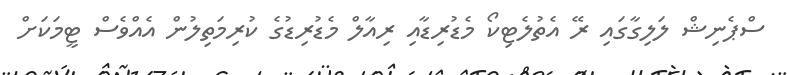
ސްޕެނިޝް ލަލިގާގައި ރޭ އެތުލެޓިކޯ މެޑުރިޑާއި ރިއާލް މެޑުރިޑުގެ ކުރިމަތިލުން އެއްވެސް ޓީމަކަށް